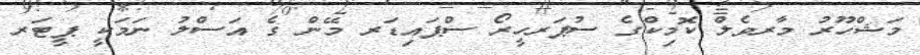
މަޝްހޫރު މާރވެލް ކޮމިކްގެ ސުޕަރހީރޯ ސްޕައިޑަރ މޭން ގެ އަސްލު ނަމަކީ ޕީޓަރ